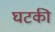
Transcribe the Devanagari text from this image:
घटकी